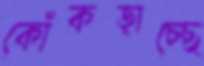
কোঁকড়াচ্ছে